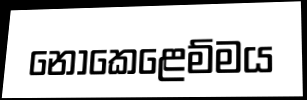
නොකෙළෙම්මය